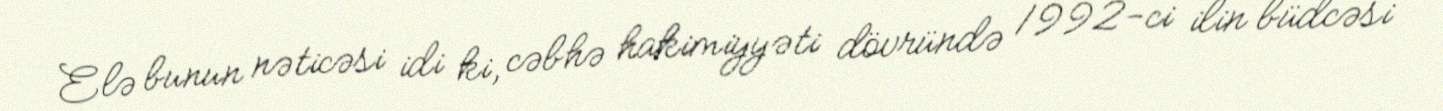
Elə bunun nəticəsi idi ki, cəbhə hakimiyyəti dövründə 1992-ci ilin büdcəsi